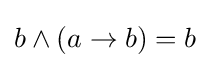
b\wedge (a\to b)=b